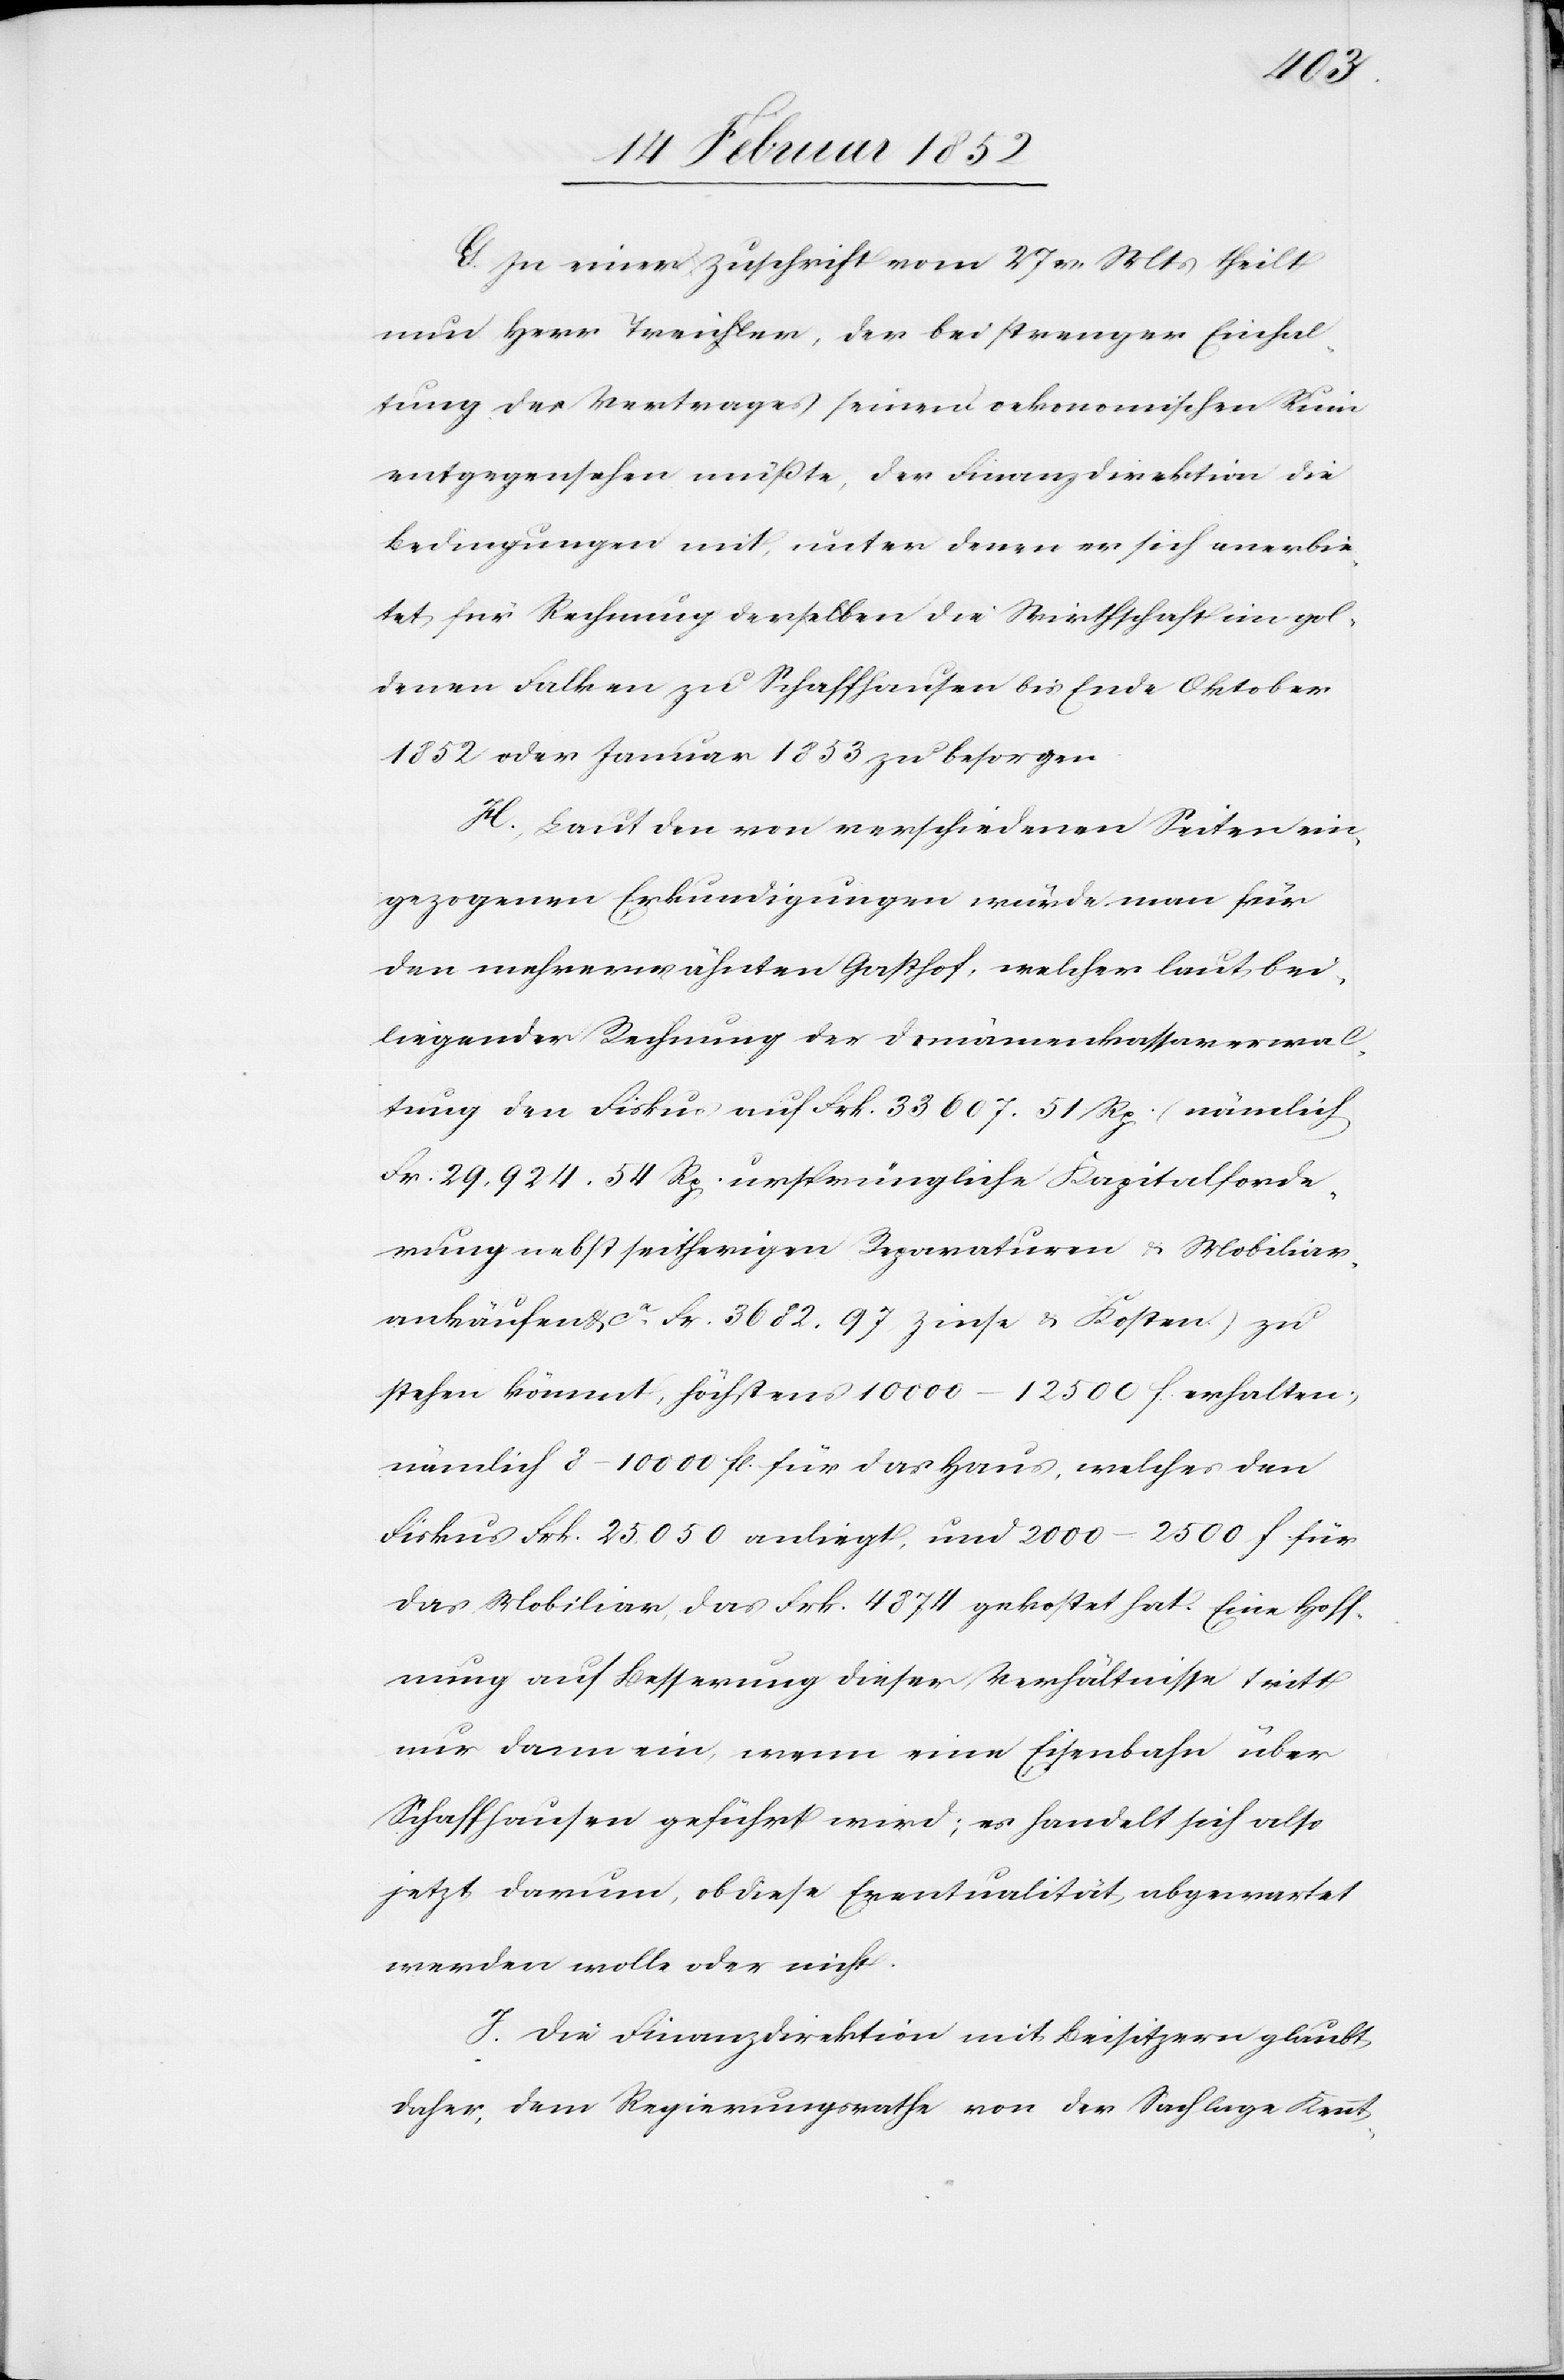
G. In einer Zuschrift vom 27 v. Mts teilt
nun Herr Treichler, der bei strenger Einhal¬
tung des Vertrages seinem oekonomischen Ruin
entgegen sehen müßte, der Finanzdirektion die
Bedingungen mit, unter denen er sich anerbie¬
tet, für Rechnung derselben die Wirthschaft im gol¬
denen Falken zu Schaffhausen bis Ende Oktober
1852 oder Januar 1852 zu besorgen.
H. Laut den von verschiedenen Seiten ein¬
gezogenen Erkundigungen würde man für
den mehrerwähnten Gasthof, welcher laut bei¬
liegender Rechnung der Domänenkassenverwal¬
tung den Fiskus auf Frk. 33 697. 51 Rp. (nämlich
Fr. 29,924. 54 Rp. ursprüngliche Kapitalforde¬
rung nebst seitherigen Reparaturen u. Mobiliar¬
ankäufen & ca Fr. 3682. 97 Zinse & Kosten) zu
stehen kömmt, höchstens 10 000–12 500 f. erhalten,
nämlich 8–10 000 fl. für das Haus, welches den
Fiskus Frk. 25,050 anliegt, und 2000–2500 f. für
das Mobiliar, das Frk. 4874 gekostet hat. Eine Hoff¬
nung auf Besserung dieser Verhältnisse tritt
nur dann ein, wenn eine Eisenbahn über
Schaffhausen geführt wird; es handelt sich also
jetzt darum, ob diese Eventualität abgewartet
werden wolle oder nicht.
I. Die Finanzdirektion mit Beisitzern glaubt
daher, dem Regierungsrathe von der Sachlage Kennt-